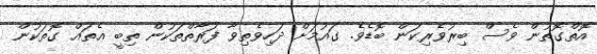
އޮތްގޮތުން ވެސް ބިރުވެރިކަން ބޮޑެވެ. ގައުމަށް ދަހިވެތިވާ ފަރާތްތަކުން ތިބީ އެތައް ގޮތަކުން